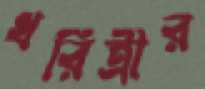
ধরিত্রীর